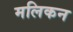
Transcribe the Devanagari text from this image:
मलिकन